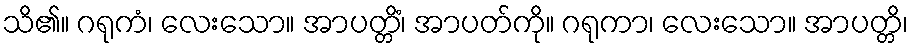
သိ၏။ ဂရုကံ၊ လေးသော။ အာပတ္တိံ၊ အာပတ်ကို။ ဂရုကာ၊ လေးသော။ အာပတ္တိ၊